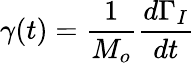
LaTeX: \gamma(t)=\frac{1}{M_{o}}\frac{d\Gamma_{I}}{dt}